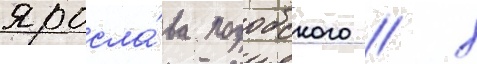
яросла́ва подобского / х